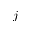
j